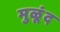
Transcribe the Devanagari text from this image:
मुळूंद